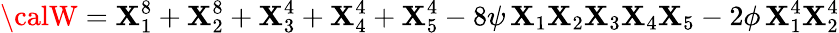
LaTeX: {\calW}=\mathbf{X}_{1}^{8}+\mathbf{X}_{2}^{8}+\mathbf{X}_{3}^{4}+\mathbf{X}_{4}^{4}+\mathbf{X}_{5}^{4}-8\psi\, \mathbf{X}_{1}\mathbf{X}_{2}\mathbf{X}_{3}\mathbf{X}_{4}\mathbf{X}_{5}-2\phi\, \mathbf{X}_{1}^{4}\mathbf{X}_{2}^{4}